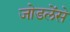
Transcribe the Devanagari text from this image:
जोडलेंसे